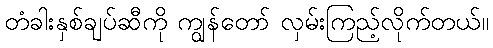
တံခါးနှစ်ချပ်ဆီကို ကျွန်တော် လှမ်းကြည့်လိုက်တယ်။